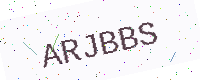
Text: ARJBBS